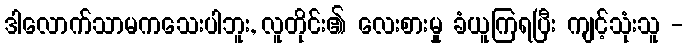
ဒါလောက်သာမကသေးပါဘူး, လူတိုင်း၏ လေးစားမှု ခံယူကြရပြီး ကျင့်သုံးသူ -